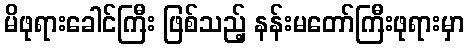
မိဖုရားခေါင်ကြီး ဖြစ်သည့် နန်းမတော်ကြီးဖုရားမှာ